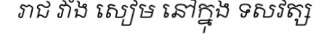
រាជ វាំង សៀម នៅក្នុង ទសវត្ស